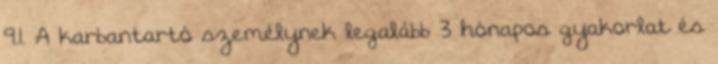
9.1. A karbantartó személynek legalább 3 hónapos gyakorlat és